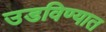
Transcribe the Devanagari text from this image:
उडविण्यात